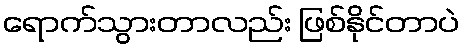
ရောက်သွားတာလည်း ဖြစ်နိုင်တာပဲ